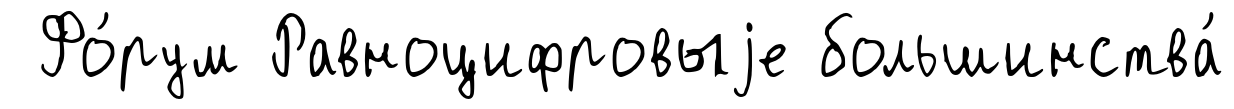
Фо́рум Равноцифровыjе большинства́